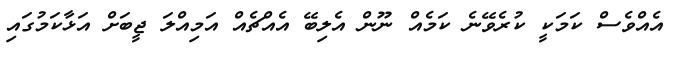
އެއްވެސް ކަމަކީ ކުރެވޭނެ ކަމެއް ނޫން އެލިބޭ އެއްޗެއް އަމިއްލަ ޖީބަށް އަޅާކަމުގައި